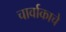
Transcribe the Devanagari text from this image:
चार्वाकाचे